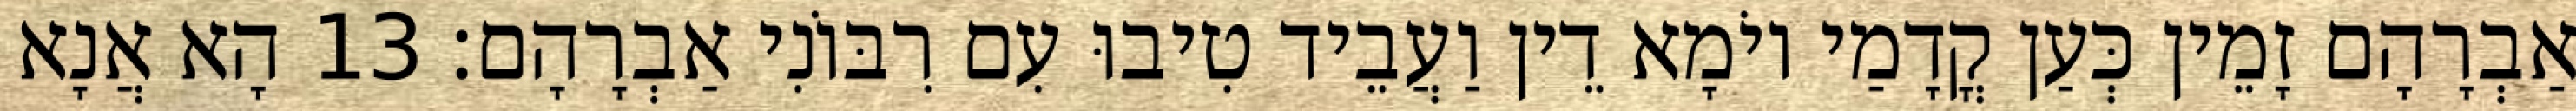
אַבְרָהָם זָמֵין כְּעַן קֳדָמַי יוֹמָא דֵין וַעֲבֵיד טִיבוּ עִם רִבּוֹנִי אַבְרָהָם׃ 13 הָא אֲנָא